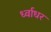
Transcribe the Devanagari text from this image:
र्ध्वाधर